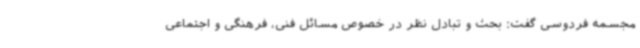
مجسمه فردوسی گفت: بحث و تبادل نظر در خصوص مسائل فنی، فرهنگی و اجتماعی